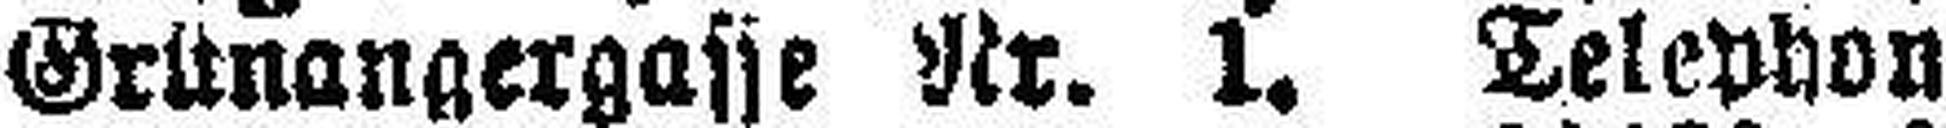
Grünangergasse Nr. 1. Telephon